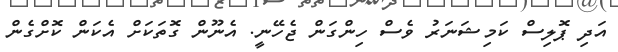
އަދި ޕޮލިސް ކަމިޝަނަރު ވެސް ހިންގަން ޖެހޭނީ. އެނޫން ގޮތަކަށް އެކަން ކޮށްގެން